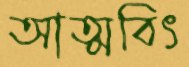
আত্মবিৎ